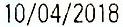
10/04/2018